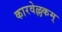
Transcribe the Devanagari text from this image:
कारवेल्लकम्‌